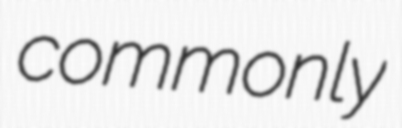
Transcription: commonly